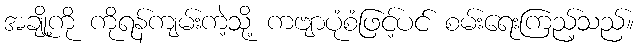
အချို့ကို ကိုရန်ကျမ်းကဲ့သို့ ကဗျာပုံစံဖြင့်ပင် စမ်းရေးကြည့်သည်။